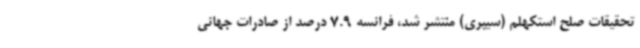
تحقیقات صلح استکهلم (سیپری) منتشر شد، فرانسه 7.9 درصد از صادرات جهانی